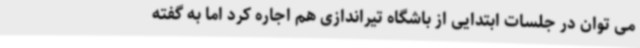
می توان در جلسات ابتدایی از باشگاه تیراندازی هم اجاره کرد اما به گفته